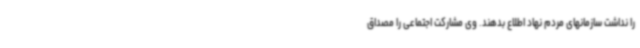
را نداشت سازمانهای مردم نهاد اطلاع بدهند. وی مشارکت اجتماعی را مصداق